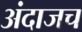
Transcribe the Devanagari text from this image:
अंदाजच